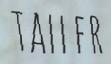
TALLER